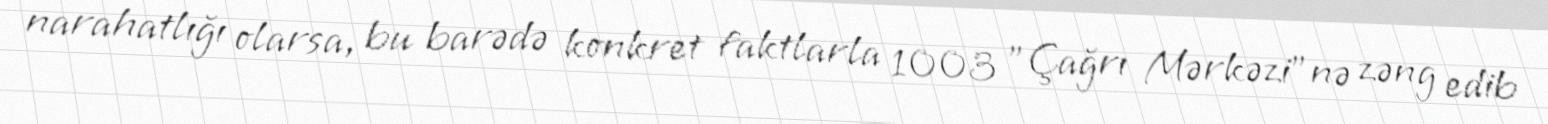
narahatlığı olarsa, bu barədə konkret faktlarla 1003 "Çağrı Mərkəzi”nə zəng edib